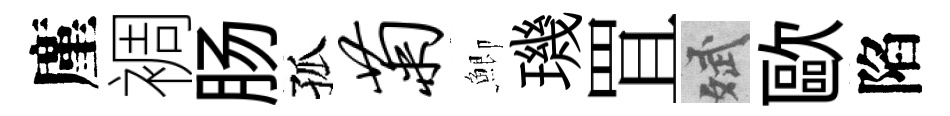
廑裯肠孤菊鯽璣罝斌歐陷